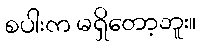
စပါးက မရှိတော့ဘူး။